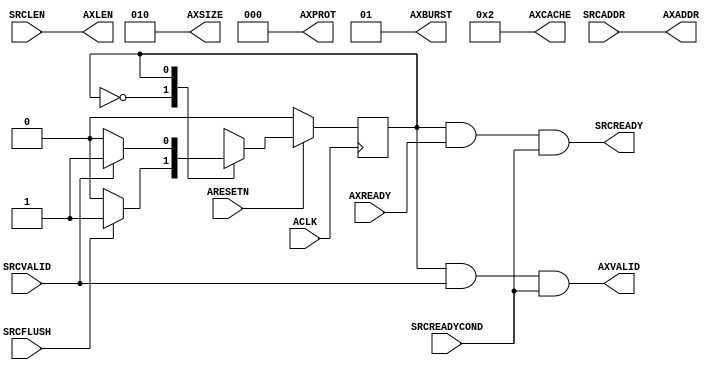
//////////////////////////////////////////////////////////////////////////////////
// AXI4CommandDriver for Cosmos OpenSSD
// Copyright (c) 2015 Hanyang University ENC Lab.
// Contributed by Kibin Park <kbpark@enc.hanyang.ac.kr>
//                Yong Ho Song <yhsong@enc.hanyang.ac.kr>
//
// This file is part of Cosmos OpenSSD.
//
// Cosmos OpenSSD is free software; you can redistribute it and/or modify
// it under the terms of the GNU General Public License as published by
// the Free Software Foundation; either version 3, or (at your option)
// any later version.
//
// Cosmos OpenSSD is distributed in the hope that it will be useful,
// but WITHOUT ANY WARRANTY; without even the implied warranty of
// MERCHANTABILITY or FITNESS FOR A PARTICULAR PURPOSE.
// See the GNU General Public License for more details.
//
// You should have received a copy of the GNU General Public License
// along with Cosmos OpenSSD; see the file COPYING.
// If not, see <http://www.gnu.org/licenses/>. 
//////////////////////////////////////////////////////////////////////////////////

//////////////////////////////////////////////////////////////////////////////////
// Company: ENC Lab. <http://enc.hanyang.ac.kr>
// 
// Project Name: Cosmos OpenSSD
// Design Name: AXI4 command driver
// Module Name: AXI4CommandDriver
//
// Version: v1.0.0
//
// Description: Drives AXI4 compliant address (command) channel at a signal
//
//////////////////////////////////////////////////////////////////////////////////

//////////////////////////////////////////////////////////////////////////////////
// Revision History:
//
// * v1.0.0
//   - first draft 
//////////////////////////////////////////////////////////////////////////////////
`timescale 1ns / 1ps

module AXI4CommandDriver
#
(
    parameter AddressWidth      = 32    ,
    parameter DataWidth         = 32
)
(
    ACLK        ,
    ARESETN     ,
    AXADDR      ,
    AXLEN       ,
    AXSIZE      ,
    AXBURST     ,
    AXCACHE     ,
    AXPROT      ,
    AXVALID     ,
    AXREADY     ,
    SRCADDR     ,
    SRCLEN      ,
    SRCVALID    ,
    SRCREADY    ,
    SRCFLUSH    ,
    SRCREADYCOND
);
    input                           ACLK        ;
    input                           ARESETN     ;
    output  [AddressWidth - 1:0]    AXADDR      ;
    output  [7:0]                   AXLEN       ;
    output  [2:0]                   AXSIZE      ;
    output  [1:0]                   AXBURST     ;
    output  [3:0]                   AXCACHE     ;
    output  [2:0]                   AXPROT      ;
    output                          AXVALID     ;
    input                           AXREADY     ;
    input   [AddressWidth - 1:0]    SRCADDR     ;
    input   [7:0]                   SRCLEN      ;
    input                           SRCVALID    ;
    output                          SRCREADY    ;
    input                           SRCFLUSH    ;
    input                           SRCREADYCOND;

    localparam  State_Idle       = 1'b0 ;
    localparam  State_Requesting = 1'b1 ;
    reg         rCurState               ;
    reg         rNextState              ;
    
    always @ (posedge ACLK)
        if (!ARESETN)
            rCurState <= State_Idle;
        else
            rCurState <= rNextState;

    always @ (*)
        case (rCurState)
        State_Idle:
            rNextState <= (SRCFLUSH)?State_Requesting:State_Idle;
        State_Requesting:
            rNextState <= (!SRCVALID)?State_Idle:State_Requesting;
        endcase
    
    assign AXADDR   = SRCADDR                   ;
    assign AXLEN    = SRCLEN                    ;
    assign AXSIZE   = $clog2(DataWidth / 8 - 1) ;
    assign AXBURST  = 2'b01                     ;
    assign AXCACHE  = 4'b0010                   ;
    assign AXPROT   = 3'b0                      ;
    
    assign AXVALID  = (rCurState == State_Requesting) && SRCVALID && SRCREADYCOND;
    assign SRCREADY = (rCurState == State_Requesting) && AXREADY && SRCREADYCOND;
    
endmodule